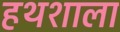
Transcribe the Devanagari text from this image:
हथशाला